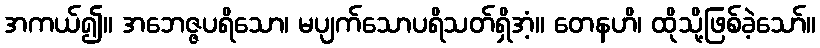
အကယ်၍။ အဘေဇ္ဇပရိသော၊ မပျက်သောပရိသတ်ရှိအံ့။ တေနဟိ၊ ထိုသို့ဖြစ်ခဲ့သော်။